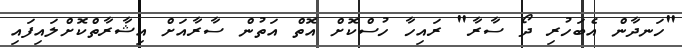
"ހަނދާން އެބަހުރި ދޯ ސާރާ" ރައިހާ ހުސްކޮށް އޮތް އަތުން ސާރާއަށް އިޝާރާތްކޮށްލައިފައި